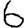
Digit: 6